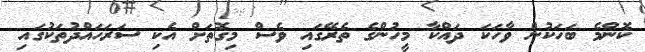
ކޮންމެ ބަހަކުން ވާހަކަ ދައްކާ މީހުންގެ ތެރޭގައި ވެސް މިގޮތަށް އެކި ސަރަހައްދުތަކުގައި